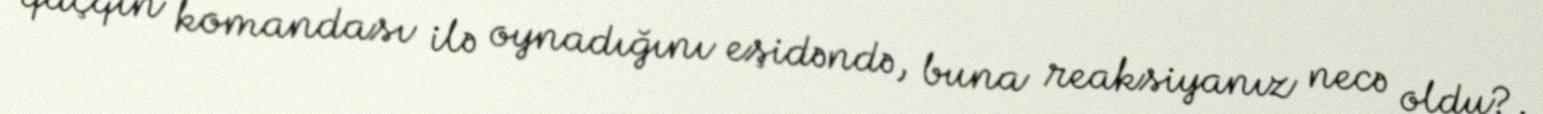
qaçqın komandası ilə oynadığını eşidəndə, buna reaksiyanız necə oldu?.